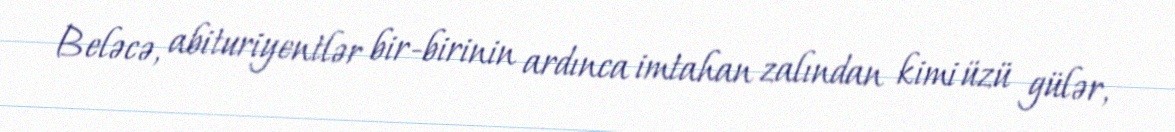
Beləcə, abituriyentlər bir-birinin ardınca imtahan zalından kimi üzü gülər,